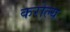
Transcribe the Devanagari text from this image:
करोल्य